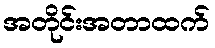
အတိုင်းအတာထက်